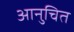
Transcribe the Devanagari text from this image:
आनुचित